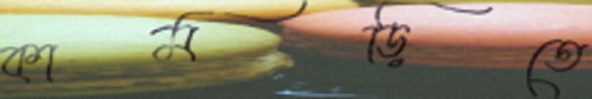
কামড়িতে